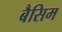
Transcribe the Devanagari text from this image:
बैसिम